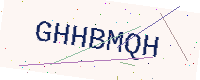
Text: GHHBMQH